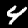
Label: 4